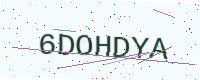
Text: 6DOHDYA